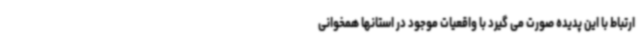
ارتباط با این پدیده صورت می گیرد با واقعیات موجود در استانها همخوانی